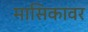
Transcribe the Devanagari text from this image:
मासिकावर